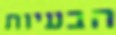
הבעיות